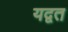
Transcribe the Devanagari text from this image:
यद्वत